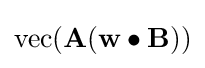
\operatorname {vec} (\mathbf {A} (\mathbf {w} \bullet \mathbf {B} ))